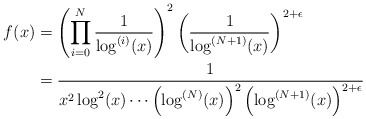
\begin{align*}f(x) &= \left(\prod_{i = 0}^N \frac{1}{\log^{(i)}(x)}\right)^2\left(\frac{1}{\log^{(N + 1)}(x)}\right)^{2 + \epsilon}\\&= \frac{1}{x^2\log^2(x)\cdots \left(\log^{(N)}(x)\right)^2 \left(\log^{(N + 1)}(x)\right)^{2 + \epsilon}}\end{align*}